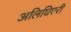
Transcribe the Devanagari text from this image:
अलिघिएरी